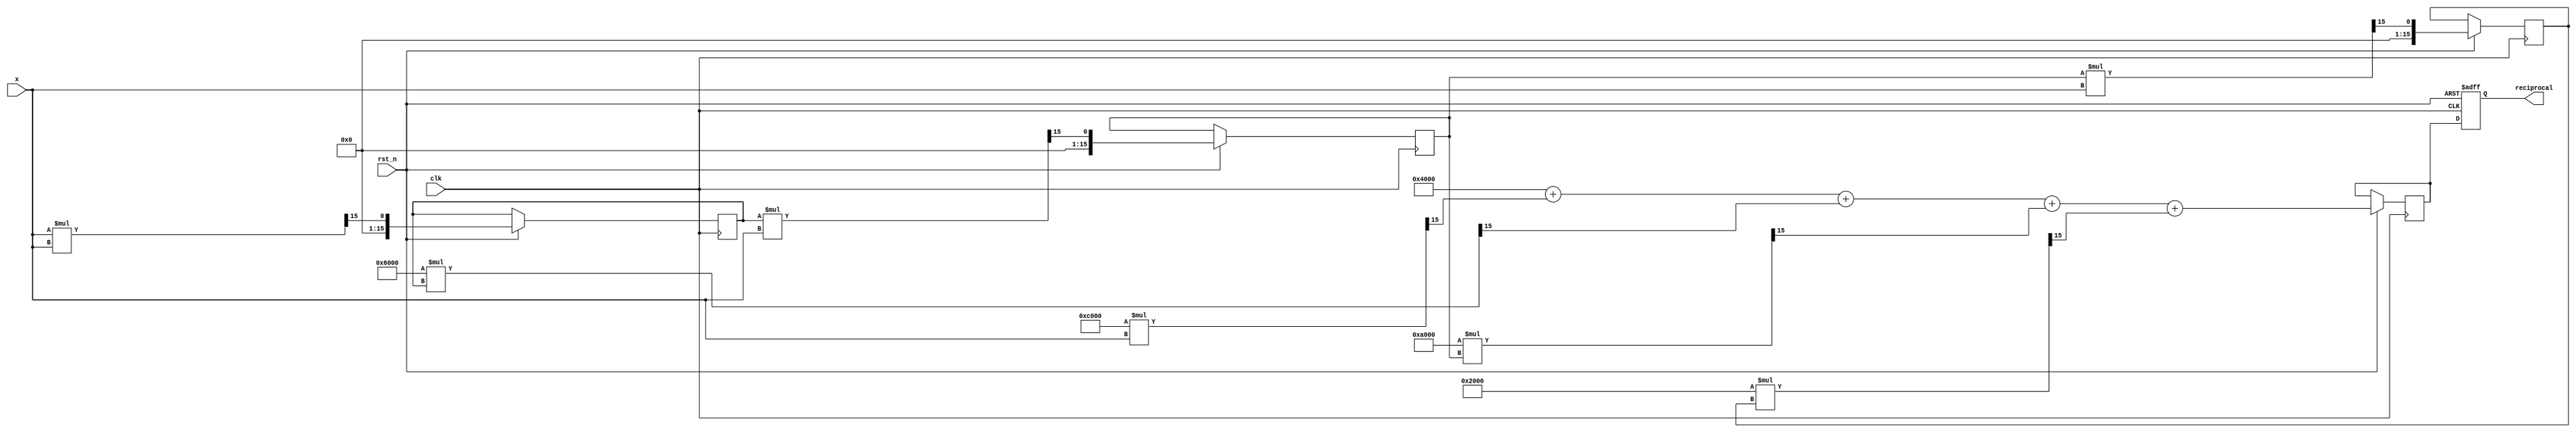
module polynomial_reciprocal (
    input wire [15:0] x,       // Fixed-point input in the range [0, 1]
    input wire clk,            // Clock signal
    input wire rst_n,          // Active low reset
    output reg [15:0] reciprocal // Fixed-point output of the reciprocal
);

    // Polynomial coefficients for P(x) = c0 + c1*x + c2*x^2 + c3*x^3 + c4*x^4
    parameter [15:0] c0 = 16'h4000; // 1.0 in Q15 format
    parameter [15:0] c1 = 16'hC000; // -2.0 in Q15 format
    parameter [15:0] c2 = 16'h6000; // 3.0 in Q15 format
    parameter [15:0] c3 = 16'hA000; // -4.0 in Q15 format
    parameter [15:0] c4 = 16'h2000; // 5.0 in Q15 format

    // Intermediate signals
    reg [15:0] x_squared;
    reg [15:0] x_cubed;
    reg [15:0] x_quartic;
    reg [15:0] poly_result;

    // Polynomial evaluation using Horner's method
    always @(posedge clk or negedge rst_n) begin
        if (!rst_n) begin
            reciprocal <= 16'b0;
        end else begin
            // Compute powers of x
            x_squared <= (x * x) >> 15; // x^2
            x_cubed   <= (x_squared * x) >> 15; // x^3
            x_quartic  <= (x_cubed * x) >> 15; // x^4

            // Evaluate polynomial P(x) = c0 + c1*x + c2*x^2 + c3*x^3 + c4*x^4
            poly_result <= c0 + (c1 * x >> 15) + (c2 * x_squared >> 15) +
                           (c3 * x_cubed >> 15) + (c4 * x_quartic >> 15);

            // Store the result as the reciprocal
            reciprocal <= poly_result;
        end
    end

endmodule